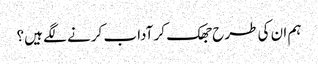
ہم ان کی طرح جھک کر آداب کرنے لگے ہیں؟